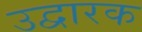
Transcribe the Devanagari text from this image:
उद्वारक